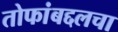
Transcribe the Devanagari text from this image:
तोफांबद्दलचा